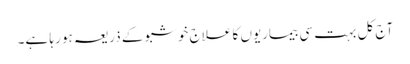
آج کل بہت سی بیماریوں کا علاج خوشبو کے ذریعہ ہو رہا ہے۔